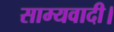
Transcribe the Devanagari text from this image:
साम्यवादी।